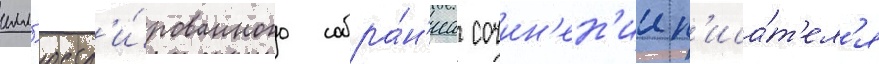
илл'юстр'и́рованного собра́н'иа сочин'ен'ии п'иса́т'ел'я